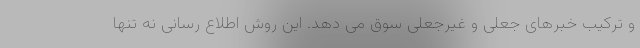
و ترکیب خبرهای جعلی و غیرجعلی سوق می دهد. این روش اطلاع رسانی نه تنها